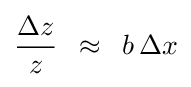
{\frac {\Delta z}{z}}\,\,\,\approx \,\,\,b\,\Delta x